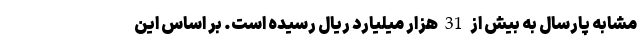
مشابه پارسال به بیش از 31 هزار میلیارد ریال رسیده است. بر اساس این